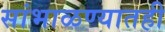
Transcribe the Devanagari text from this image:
सांभाळण्यातही